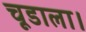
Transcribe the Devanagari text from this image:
चूडाला।